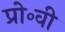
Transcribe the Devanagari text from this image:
प्रो॰वी